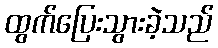
ထွက်ပြေးသွားခဲ့သည်